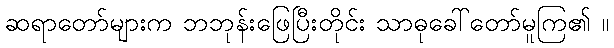
ဆရာတော်များက ဘဘုန်းဖြေပြီးတိုင်း သာဓုခေါ်တော်မူကြ၏ ။